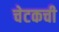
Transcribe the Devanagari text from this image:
चेटकची